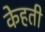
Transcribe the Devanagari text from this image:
केहती